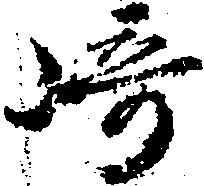
崎